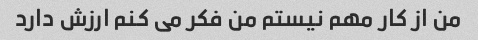
من از کار مهم نیستم من فکر می کنم ارزش دارد